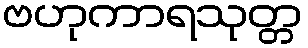
ဗဟုကာရသုတ္တ